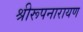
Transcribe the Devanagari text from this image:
श्रीरूपनारायण